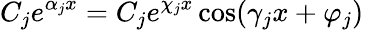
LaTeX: C_{j}e^{\alpha_{j}x}=C_{j}e^{\chi_{j}x}\cos(\gamma_{j}x+\varphi_{j})\,